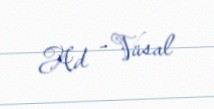
Ad - Vüsal